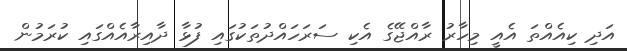
އަދި ކިއެއްތަ އެއީ މިހާރު ރާއްޖޭގެ އެކި ސަރަހައްދުތަކުގައި ފުޅާ ދާއިރާއެއްގައި ކުރަމުން